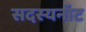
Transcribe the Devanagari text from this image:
सदस्यनॉट